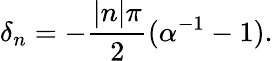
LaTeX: \delta_{n}=-{\frac{|n|\pi}{2}}(\alpha^{-1}-1).